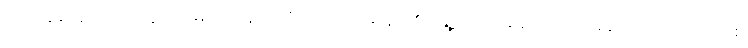
ကျူးလွန်ထွက်ပြေးလွှတ်မြောက်နေသူကို အေးအေးလှိုင်၏ ရွှေ့ပြောင်းနေထိုင်သူ အထောက်အထားဖြစ်